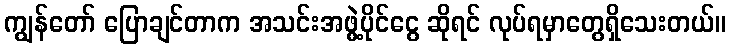
ကျွန်တော် ပြောချင်တာက အသင်းအဖွဲ့ပိုင်ငွေ ဆိုရင် လုပ်ရမှာတွေရှိသေးတယ်။